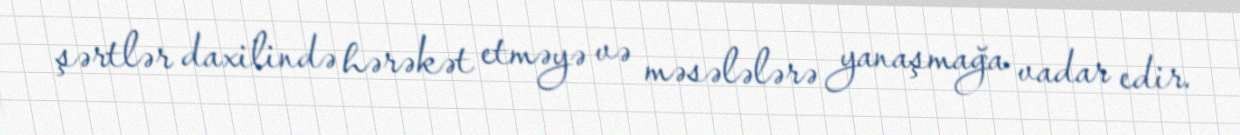
şərtlər daxilində hərəkət etməyə və məsələlərə yanaşmağa vadar edir.